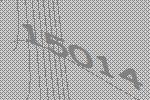
15014